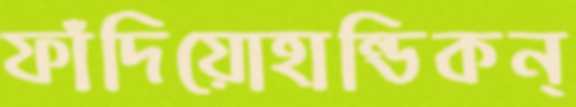
ফাঁদিয়োহান্ডিকন্